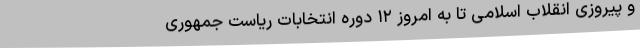
و پیروزی انقلاب اسلامی تا به امروز ۱۲ دوره انتخابات ریاست جمهوری